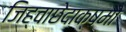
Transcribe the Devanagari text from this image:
जिह्वाछेदाक्षमो